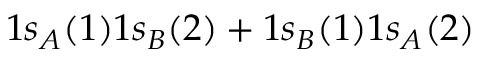
1 s _ { A } ( 1 ) 1 s _ { B } ( 2 ) + 1 s _ { B } ( 1 ) 1 s _ { A } ( 2 )